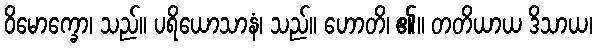
ဝိမောက္ခော၊ သည်။ ပရိယောသာနံ၊ သည်။ ဟောတိ၊ ၏။ တတိယာယ ဒိသာယ၊